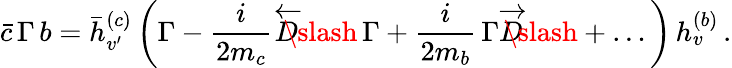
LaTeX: \bar{c}\, \Gamma\, b=\bar{h}_{v^{\prime}}^{(c)}\, \bigg(\Gamma-\frac i{2m_{c}}\overleftarrow D\! \! \! \! \slash\, \Gamma+\frac i{2m_{b}}\, \Gamma\overrightarrow D\! \! \! \! \slash+\ldots\bigg)\, h_{v}^{(b)}\, .